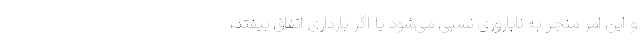
و این امر منجر به ناباروری نسبی می‌شود یا اگر بارداری اتفاق بیفتد،